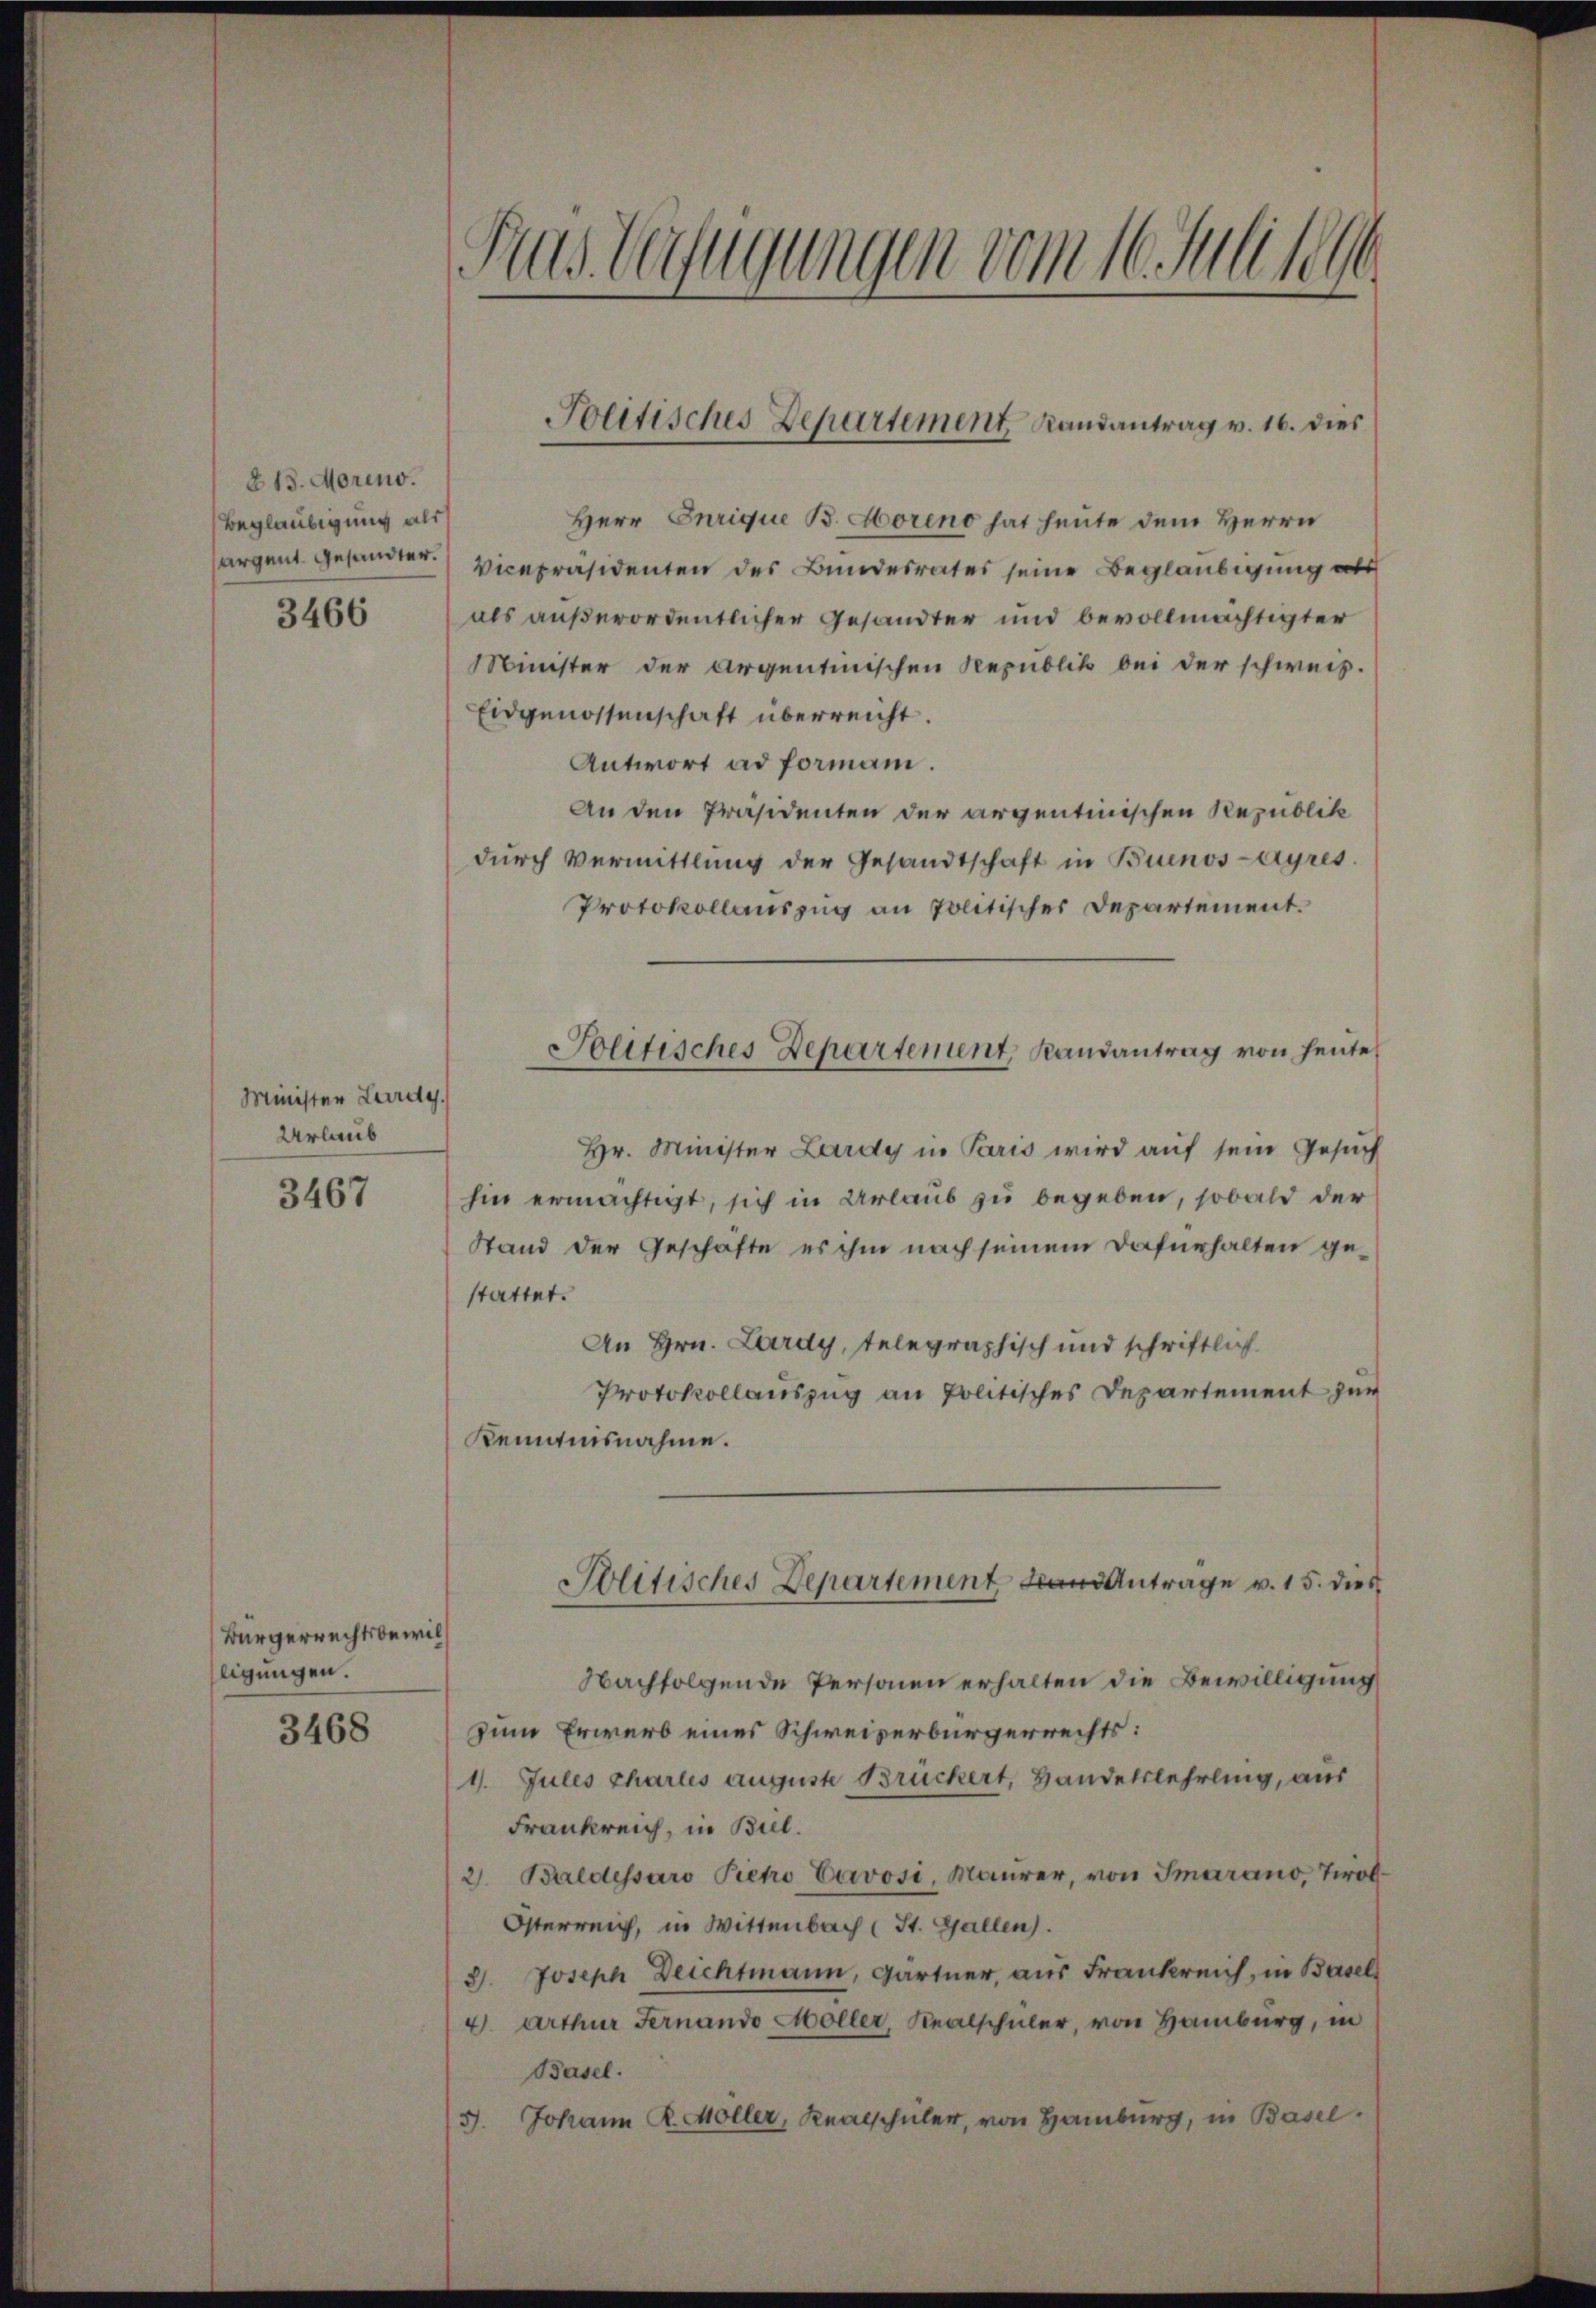
§ 13. Moreno.
Beglaubigung als

3466

Minister Lardy
Urlaub

3467

Bürgerrechtsbewilligungen.

3468

Das Verfügungen vom 16. Juli 1890

Herr Inrique B. Moreno hat heute dem Herrn
argent gesandter. Vicepräsidenten des Bundesrates seine Beglaubigung als
als außerordentlicher Gesandter und bevollmächtigter
Minister der Argentinischen Republik bei der schweiz.
Eidgenossenschaft überreicht.
Antwort ad formani.
An den Präsidenten der argentinischen Republik
dŭrch Vermittlung der Gesandtschaft in Buenos-Ayres
Protokollauszug an politischer Departement.
Hr. Minister Lardy in Paris wird auf sein Gesuch
hin ermächtigt, sich in Urlaub zu begeben, sobald der
Stand der Geschäfte es ihm nach seinem Dafürhalten gestattet.
An Hrn. Lardy, telegraphisch und schriftlich
Protokollauszug an politisches Departement zur
Kenntnisnahme.
Solitisches Departement, an Antrage v. 15. dies
Nachfolgende Personen erhalten die Bewilligung
zum Erwerb eines Schweizerbürgerrechts:
1. Jules chartes auguste Brückert, Handelslehrling, aus
Frankreich, in Biel.
2. Baldessaro Pieto Carosi, Maŭrer, von Smarano, Tirol
Österreich, in Wittenbach (St. Gallen.
2. Joseph Deichtmann, Gärtner, aus Frankreich, in Basel
4. Arthur Fernando Möller, Realschüler, von Hamburg, in
Basel.
Johann R. Möller, Realschüler, von Hamburg, in Basel.
3.

Politisches Departement Randantrag v. 16. dies

Jolitisches Departement, Randantrag von heute